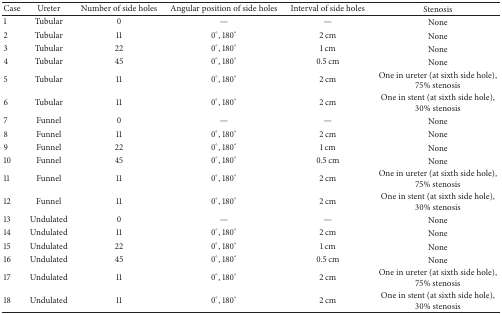
| Case | Ureter | Number of side holes | Angular position of side holes | Interval of side holes | Stenosis |
 | --- | --- | --- | --- | --- | --- |
 | 1 | Tubular | 0 | — | — | None |
 | 2 | Tubular | 11 | 0°, 180° | 2 cm | None |
 | 3 | Tubular | 22 | 0°, 180° | 1 cm | None |
 | 4 | Tubular | 45 | 0°, 180° | 0.5 cm | None |
 | 5 | Tubular | 11 | 0°, 180° | 2 cm | One in ureter (at sixth side hole), 75% stenosis |
 | 6 | Tubular | 11 | 0°, 180° | 2 cm | One in stent (at sixth side hole), 30% stenosis |
 | 7 | Funnel | 0 | — | — | None |
 | 8 | Funnel | 11 | 0°, 180° | 2 cm | None |
 | 9 | Funnel | 22 | 0°, 180° | 1 cm | None |
 | 10 | Funnel | 45 | 0°, 180° | 0.5 cm | None |
 | 11 | Funnel | 11 | 0°, 180° | 2 cm | One in ureter (at sixth side hole), 75% stenosis |
 | 12 | Funnel | 11 | 0°, 180° | 2 cm | One in stent (at sixth side hole), 30% stenosis |
 | 13 | Undulated | 0 | — | — | None |
 | 14 | Undulated | 11 | 0°, 180° | 2 cm | None |
 | 15 | Undulated | 22 | 0°, 180° | 1 cm | None |
 | 16 | Undulated | 45 | 0°, 180° | 0.5 cm | None |
 | 17 | Undulated | 11 | 0°, 180° | 2 cm | One in ureter (at sixth side hole), 75% stenosis |
 | 18 | Undulated | 11 | 0°, 180° | 2 cm | One in stent (at sixth side hole), 30% stenosis |